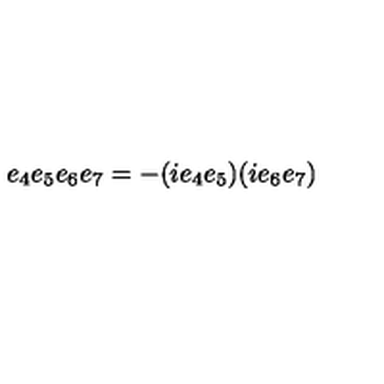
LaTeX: e _ { 4 } e _ { 5 } e _ { 6 } e _ { 7 } = - ( i e _ { 4 } e _ { 5 } ) ( i e _ { 6 } e _ { 7 } )